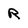
Character: R